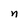
Character: n